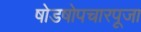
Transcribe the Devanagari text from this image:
षोडषोपचारपूजा